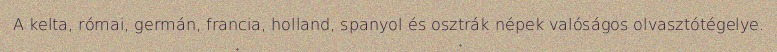
A kelta, római, germán, francia, holland, spanyol és osztrák népek valóságos olvasztótégelye.